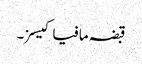
قبضہ مافیا کیسز۔